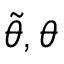
\tilde { \theta } , \theta